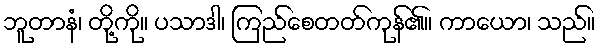
ဘူတာနံ၊ တို့ကို။ ပသာဒါ၊ ကြည်စေတတ်ကုန်၏။ ကာယော၊ သည်။